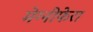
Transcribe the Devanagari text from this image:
मेग्‍नीफेरा